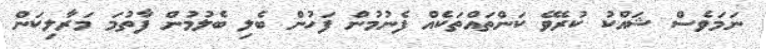
ނަމަވެސް ޝައްކު ކުރެވޭ ކަންތައްތަކެއް ފެނުމުން ފަހުން ބެލި ބެލުމުން ފާތުމަ މަރާލިކަން